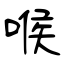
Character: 喉